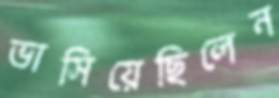
ভাসিয়েছিলেন